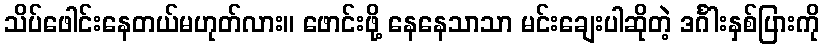
သိပ်ဖေါင်းနေတယ်မဟုတ်လား။ ဖောင်းဖို့ နေနေသာသာ မင်းချေးပါဆိုတဲ့ ဒင်္ဂါးနှစ်ပြားကို